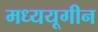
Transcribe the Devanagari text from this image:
मध्ययूगीन